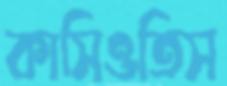
কাসিওতিস